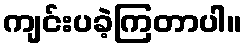
ကျင်းပခဲ့ကြတာပါ။